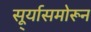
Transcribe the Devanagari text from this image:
सू्र्यासमोरून